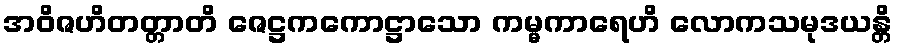
အဝိဇဟိတတ္တာတိ ဇေဋ္ဌကကောဋ္ဌာသော ကမ္မကာရေဟိ လောကသမုဒယန္တိ